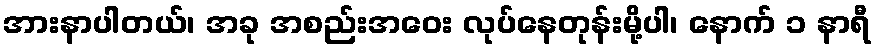
အားနာပါတယ်၊ အခု အစည်းအဝေး လုပ်နေတုန်းမို့ပါ၊ နောက် ၁ နာရီ